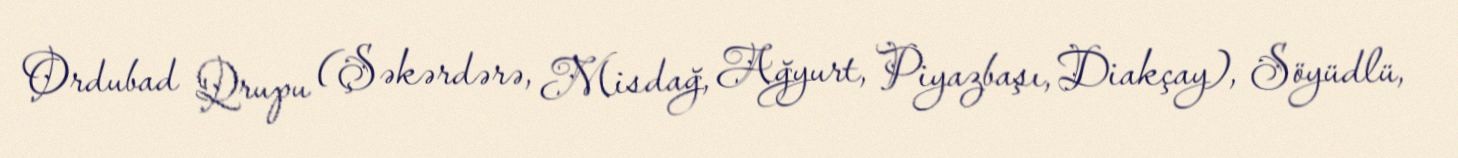
Ordubad Qrupu (Şəkərdərə, Misdağ, Ağyurt, Piyazbaşı, Diakçay), Söyüdlü,